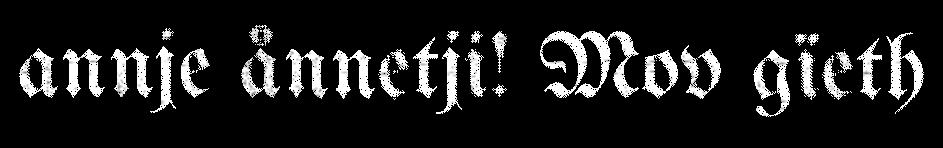
annje ånnetji! Mov gïeth